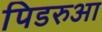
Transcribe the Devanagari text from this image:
पिडरुआ